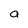
Character: a